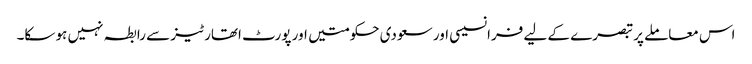
اس معاملے پر تبصرے کے لیے فرانسیسی اور سعودی حکومتیں اور پورٹ اتھارٹیز سے رابطہ نہیں ہو سکا۔